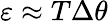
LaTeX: \varepsilon\approx T\Delta\theta